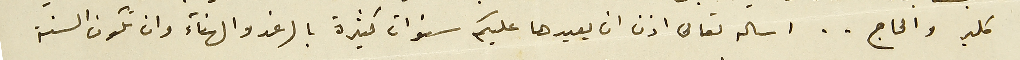
كلير والحاج.. اساله تعالى اذن ان يعيدها عليكم سنوات كثيرة بالرغد والهناء وان تكون السنة